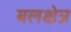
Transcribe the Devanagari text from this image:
बलक्षेत्र